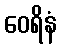
ဝေရိနံ